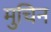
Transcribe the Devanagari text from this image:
मुचिन